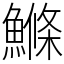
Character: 鰷